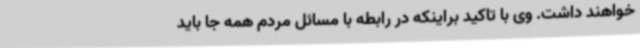
خواهند داشت. وی با تاکید براینکه در رابطه با مسائل مردم همه جا باید